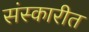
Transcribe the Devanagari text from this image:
संस्कारीत